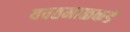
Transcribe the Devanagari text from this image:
यवतमाळकडे